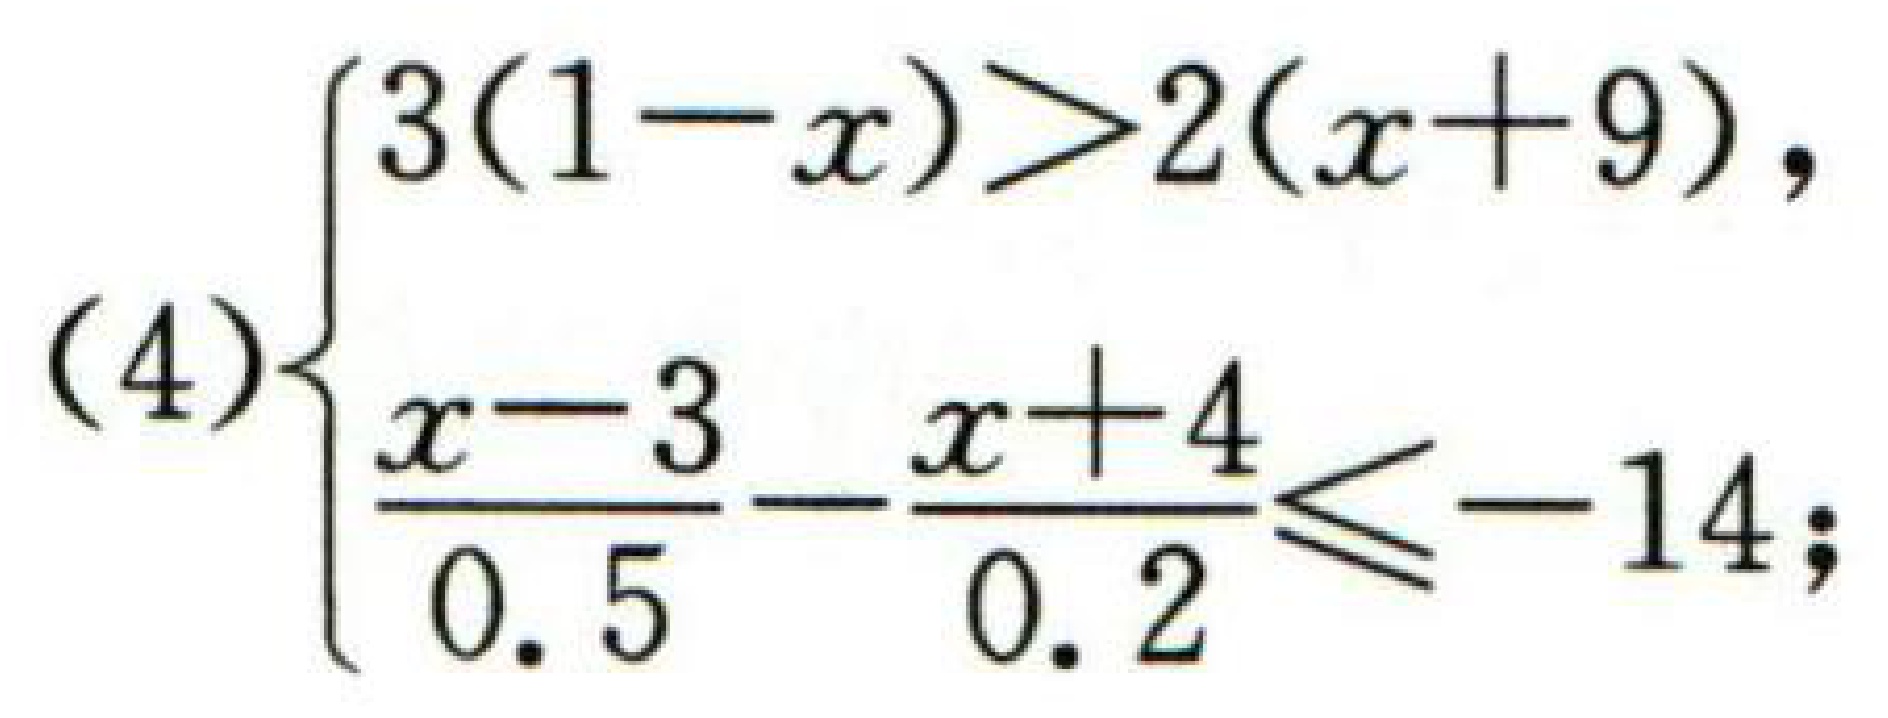
(4)$\begin{cases}3(1 - x)>2(x + 9),\\\dfrac{x - 3}{0.5}-\dfrac{x + 4}{0.2}\leq - 14;\end{cases}$